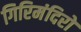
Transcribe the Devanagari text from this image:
गिरिमंदिरों